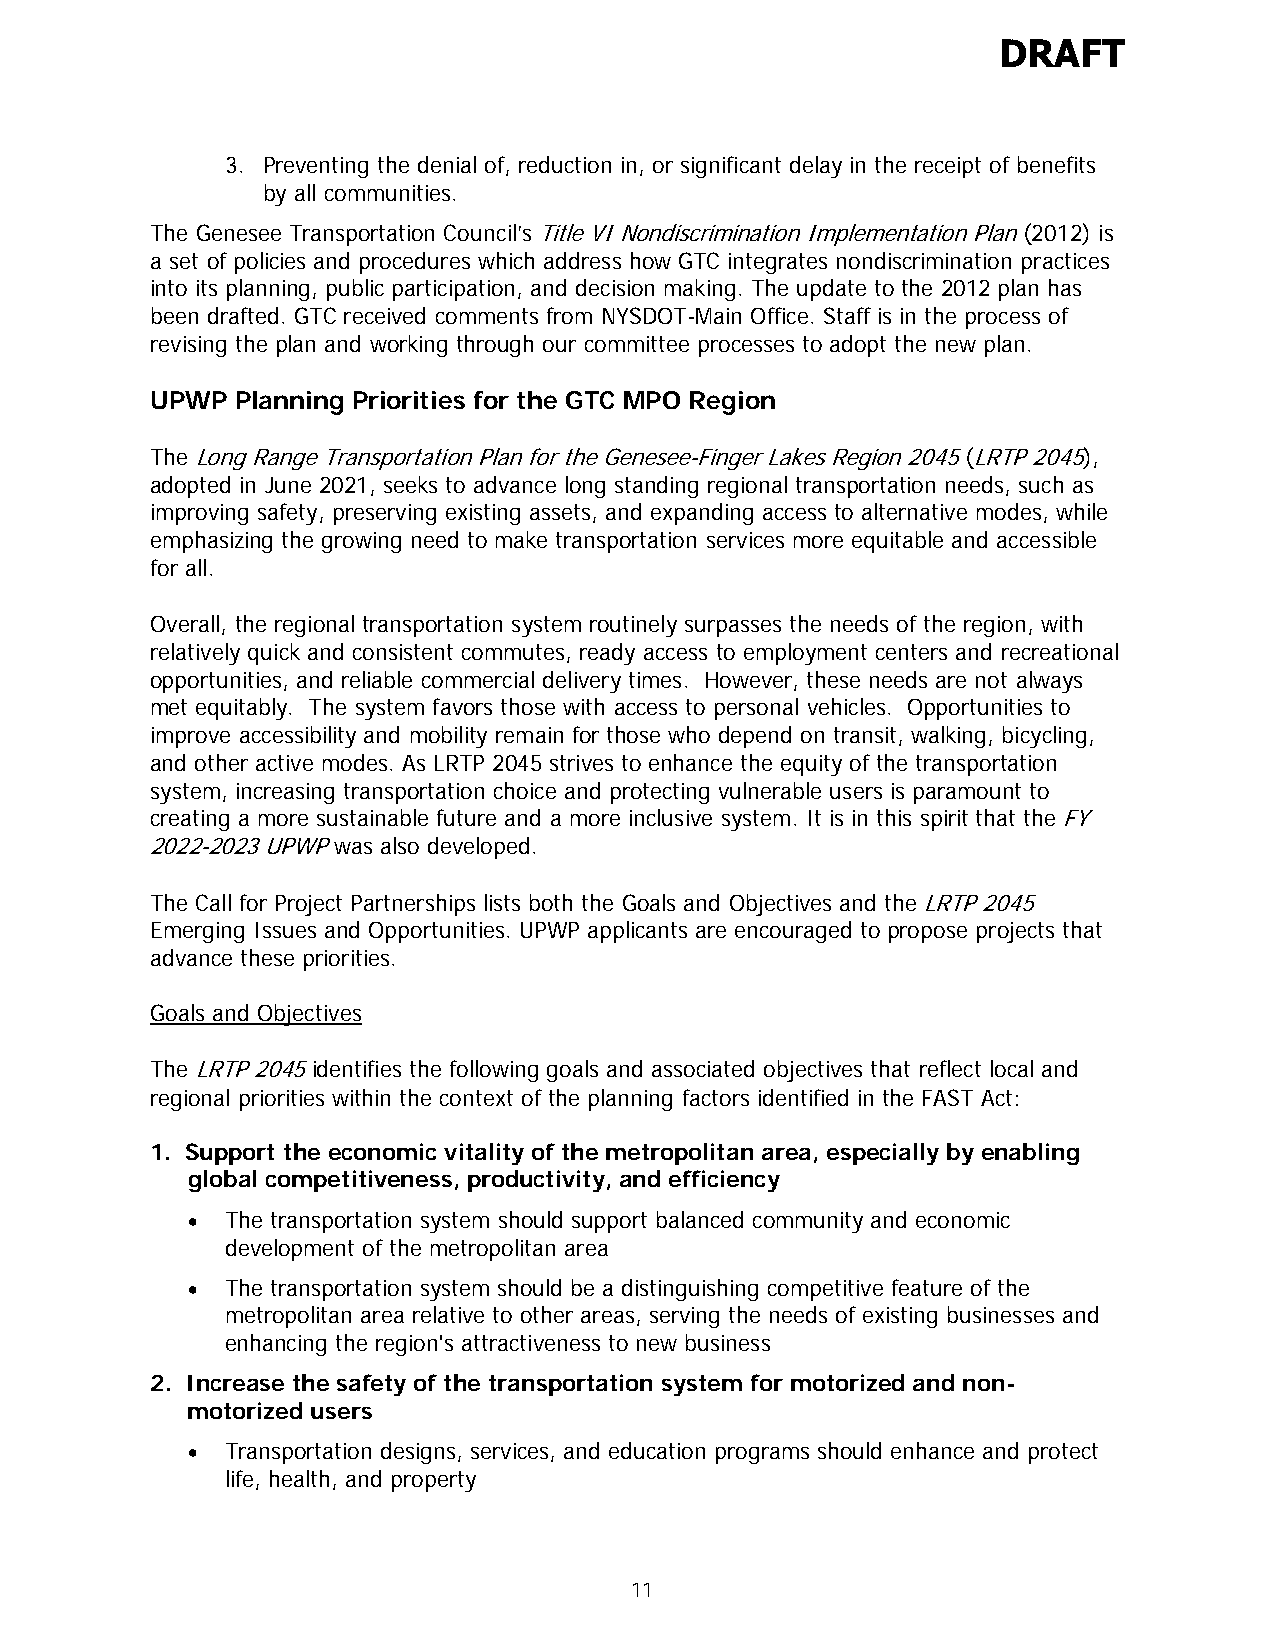
DRAFT
 3. Preventing the denial of, reduction in, or significant delay in the receipt of benefits
 by all communities.
 The Genesee Transportation Council’s Title VI Nondiscrimination Implementation Plan (2012) is
 a set of policies and procedures which address how GTC integrates nondiscrimination practices
 into its planning, public participation, and decision making. The update to the 2012 plan has
 been drafted. GTC received comments from NYSDOT-Main Office. Staff is in the process of
 revising the plan and working through our committee processes to adopt the new plan.
 UPWP  Planning Priorities for the GTC MPO Region
 The Long Range Transportation Plan for the Genesee-Finger Lakes Region 2045 (LRTP 2045),
 adopted in June 2021, seeks to advance long standing regional transportation needs, such as
 improving safety, preserving existing assets, and expanding access to alternative modes, while
 emphasizing the growing need to make transportation services more equitable and accessible
 for all.
 Overall, the regional transportation system routinely surpasses the needs of the region, with
 relatively quick and consistent commutes, ready access to employment centers and recreational
 opportunities, and reliable commercial delivery times. However, these needs are not always
 met equitably. The system favors those with access to personal vehicles. Opportunities to
 improve accessibility and mobility remain for those who depend on transit, walking, bicycling,
 and other active modes. As LRTP 2045 strives to enhance the equity of the transportation
 system, increasing transportation choice and protecting vulnerable users is paramount to
 creating a more sustainable future and a more inclusive system. It is in this spirit that the FY
 2022-2023 UPWP was also developed.
 The Call for Project Partnerships lists both the Goals and Objectives and the LRTP 2045
 Emerging Issues and Opportunities. UPWP applicants are encouraged to propose projects that
 advance these priorities.
 Goals and Objectives
 The LRTP 2045 identifies the following goals and associated objectives that reflect local and
 regional priorities within the context of the planning factors identified in the FAST Act:
 1. Support the economic vitality of the metropolitan area, especially by enabling
 global competitiveness, productivity, and efficiency
 •  The transportation system should support balanced community and economic
 development of the metropolitan area
 •  The transportation system should be a distinguishing competitive feature of the
 metropolitan area relative to other areas, serving the needs of existing businesses and
 enhancing the region's attractiveness to new business
 2. Increase the safety of the transportation system for motorized and non-
 motorized users
 •  Transportation designs, services, and education programs should enhance and protect
 life, health, and property
 11